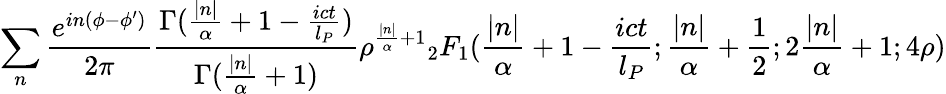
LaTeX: \sum_{n}\frac{e^{in(\phi-\phi^{\prime})}}{2\pi}\frac{\Gamma(\frac{|n|}{\alpha}+1-\frac{ict}{l_{P}})}{\Gamma(\frac{|n|}{\alpha}+1)}\rho^{\frac{|n|}{\alpha}+1}{_2F_{1}}(\frac{|n|}{\alpha}+1-\frac{ict}{l_{P}};\frac{|n|}{\alpha}+\frac{1}{2};2\frac{|n|}{\alpha}+1;4\rho)